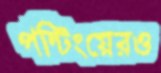
পন্টিংয়েরও